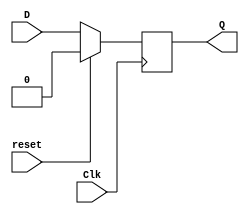
module D_ff_sync_reset_behavior(
    input Clk,
    input D,
    input reset,
    output reg Q
    );
    
       always @(posedge Clk)
       if (reset) 
       begin
          Q <= 1'b0;
       end else 
       begin
          Q <= D;
       end

endmodule